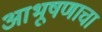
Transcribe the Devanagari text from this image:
आभूषणाचा